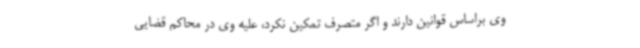
وی براساس قوانین دارند و اگر متصرف تمکین نکرد، علیه وی در محاکم قضایی